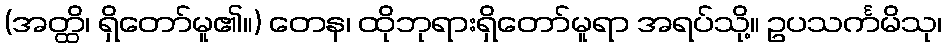
(အတ္ထိ၊ ရှိတော်မူ၏။) တေန၊ ထိုဘုရားရှိတော်မူရာ အရပ်သို့။ ဥပသင်္ကမိသု၊